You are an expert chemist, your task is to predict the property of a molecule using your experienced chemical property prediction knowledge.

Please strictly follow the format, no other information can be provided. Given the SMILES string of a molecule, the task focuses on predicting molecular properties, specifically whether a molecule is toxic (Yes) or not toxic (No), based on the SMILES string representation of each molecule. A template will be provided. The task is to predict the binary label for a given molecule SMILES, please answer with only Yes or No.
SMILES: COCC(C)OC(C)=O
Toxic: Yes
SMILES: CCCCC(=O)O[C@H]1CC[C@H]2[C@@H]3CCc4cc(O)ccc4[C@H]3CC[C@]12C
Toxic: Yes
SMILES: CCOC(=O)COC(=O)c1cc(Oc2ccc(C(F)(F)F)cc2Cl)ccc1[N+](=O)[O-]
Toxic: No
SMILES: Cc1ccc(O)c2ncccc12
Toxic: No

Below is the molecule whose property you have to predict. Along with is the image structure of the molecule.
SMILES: COc1c2occc2cc2ccc(=O)oc12
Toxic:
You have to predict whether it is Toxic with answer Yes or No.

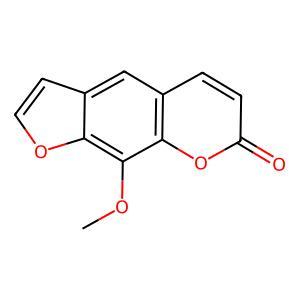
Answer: No